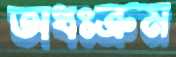
অধঃক্রম